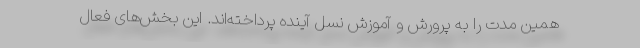
همین مدت را به پرورش و آموزش نسل آینده پرداخته‌اند. این بخش‌های فعال